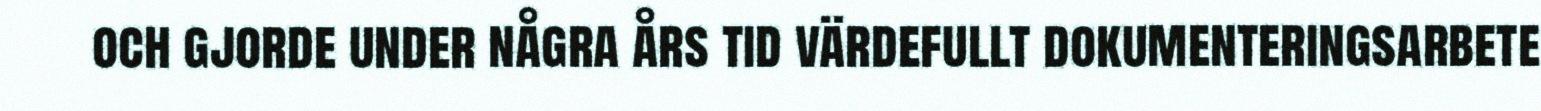
och gjorde under några års tid värdefullt dokumenteringsarbete